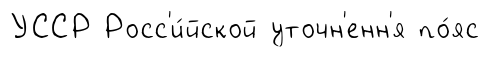
УССР Росс'и́йской уточн'енн'я по́яс